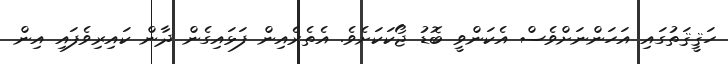
ހަޤީޤަތުގައި އަހަންނަށްވެސް އެކަންވީ ބޮޑު ޖޯކަކަށެވެ. އެތެރެއިން ފަޅައިގެން ދާން ކައިރިވެފައި އިން